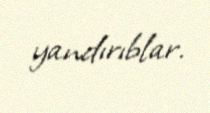
yandırıblar.